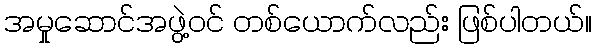
အမှုဆောင်အဖွဲ့ဝင် တစ်ယောက်လည်း ဖြစ်ပါတယ်။